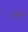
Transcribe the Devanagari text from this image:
रोख्यांशी